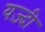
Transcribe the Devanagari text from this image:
यज़्दी